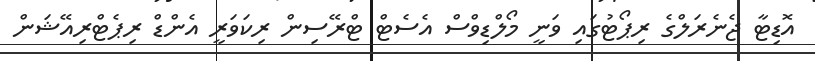
އޮޑިޓާ ޖެނެރަލްގެ ރިޕޯޓުގައި ވަނީ މޯލްޑިވްސް އެސެޓް ޓްރޭސިން ރިކަވަރީ އެންޑް ރިޕެޓްރިއޭޝަން